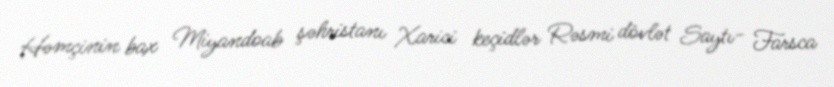
Həmçinin bax Miyandoab şəhristanı Xarici keçidlər Rəsmi dövlət Saytı- Farsca